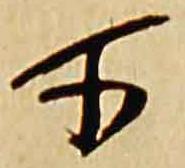
所